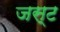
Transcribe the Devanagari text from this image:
जस्‍ट